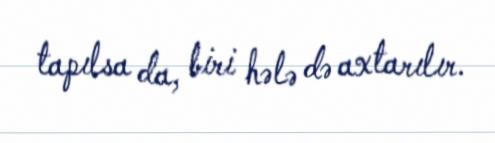
tapılsa da, biri hələ də axtarılır.